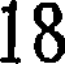
18